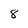
Character: 8